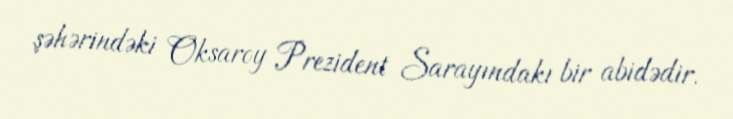
şəhərindəki Oksaroy Prezident Sarayındakı bir abidədir.